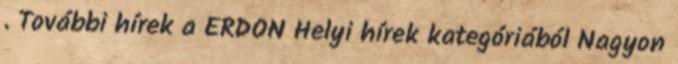
. További hírek a ERDON Helyi hírek kategóriából Nagyon